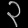
Digit: ၃